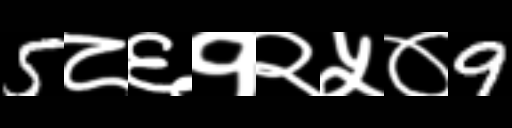
Text: 5८६१२५०9